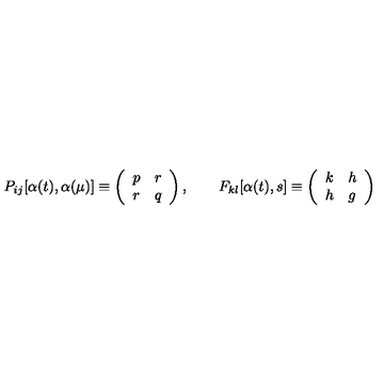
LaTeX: P _ { i j } [ \alpha ( t ) , \alpha ( \mu ) ] \equiv \left( \begin{array} { l l } { p } & { r } \\ { r } & { q } \\ \end{array} \right) , \qquad F _ { k l } [ \alpha ( t ) , s ] \equiv \left( \begin{array} { l l } { k } & { h } \\ { h } & { g } \\ \end{array} \right)